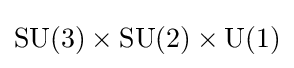
\mathrm {SU} (3)\times \mathrm {SU} (2)\times \mathrm {U} (1)